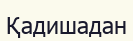
Қадишадан